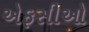
એફસીઓ